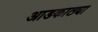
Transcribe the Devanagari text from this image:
आडकाठ्या